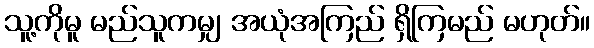
သူ့ကိုမူ မည်သူကမျှ အယုံအကြည် ရှိကြမည် မဟုတ်။